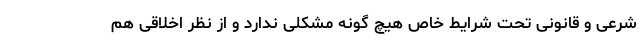
شرعی و قانونی تحت شرایط خاص هیچ گونه مشکلی ندارد و از نظر اخلاقی هم